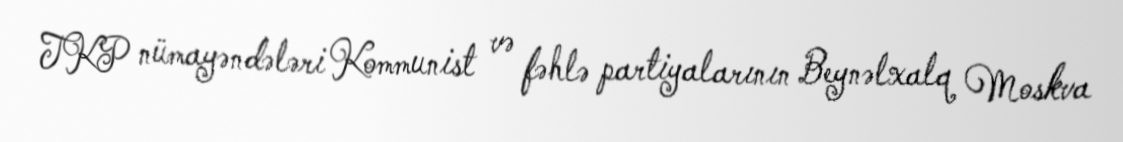
TKP nümayəndələri Kommunist və fəhlə partiyalarının Beynəlxalq Moskva